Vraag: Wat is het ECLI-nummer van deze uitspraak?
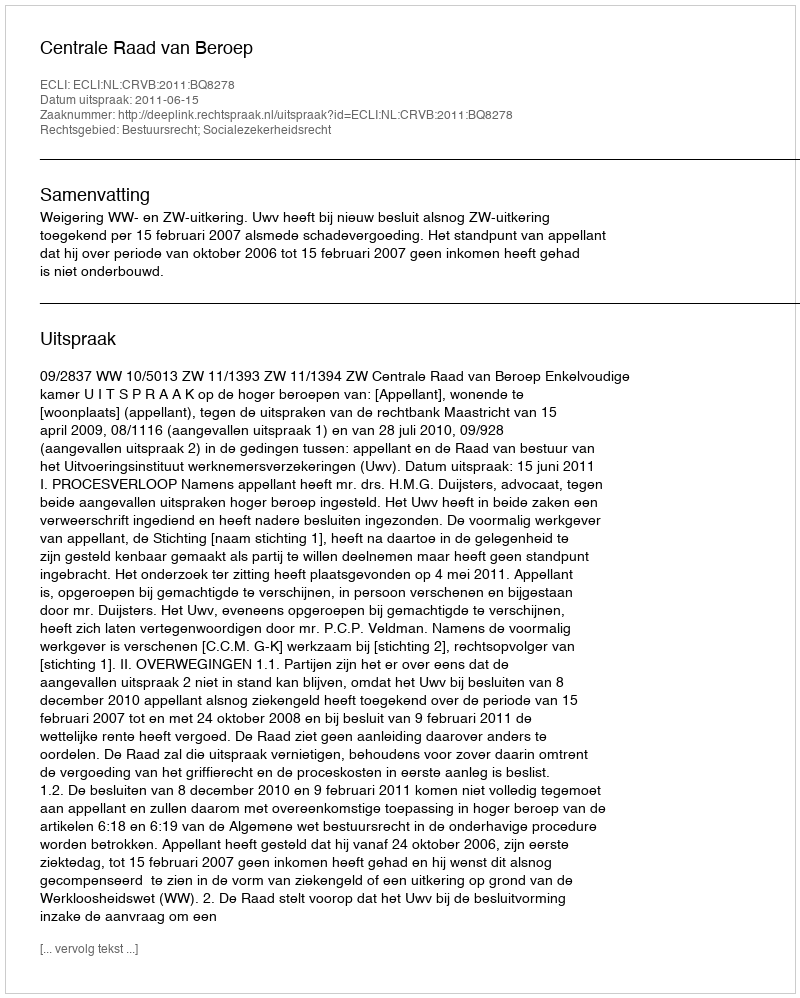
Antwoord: ECLI:NL:CRVB:2011:BQ8278